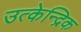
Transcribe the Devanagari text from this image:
उत्केन्द्रिक